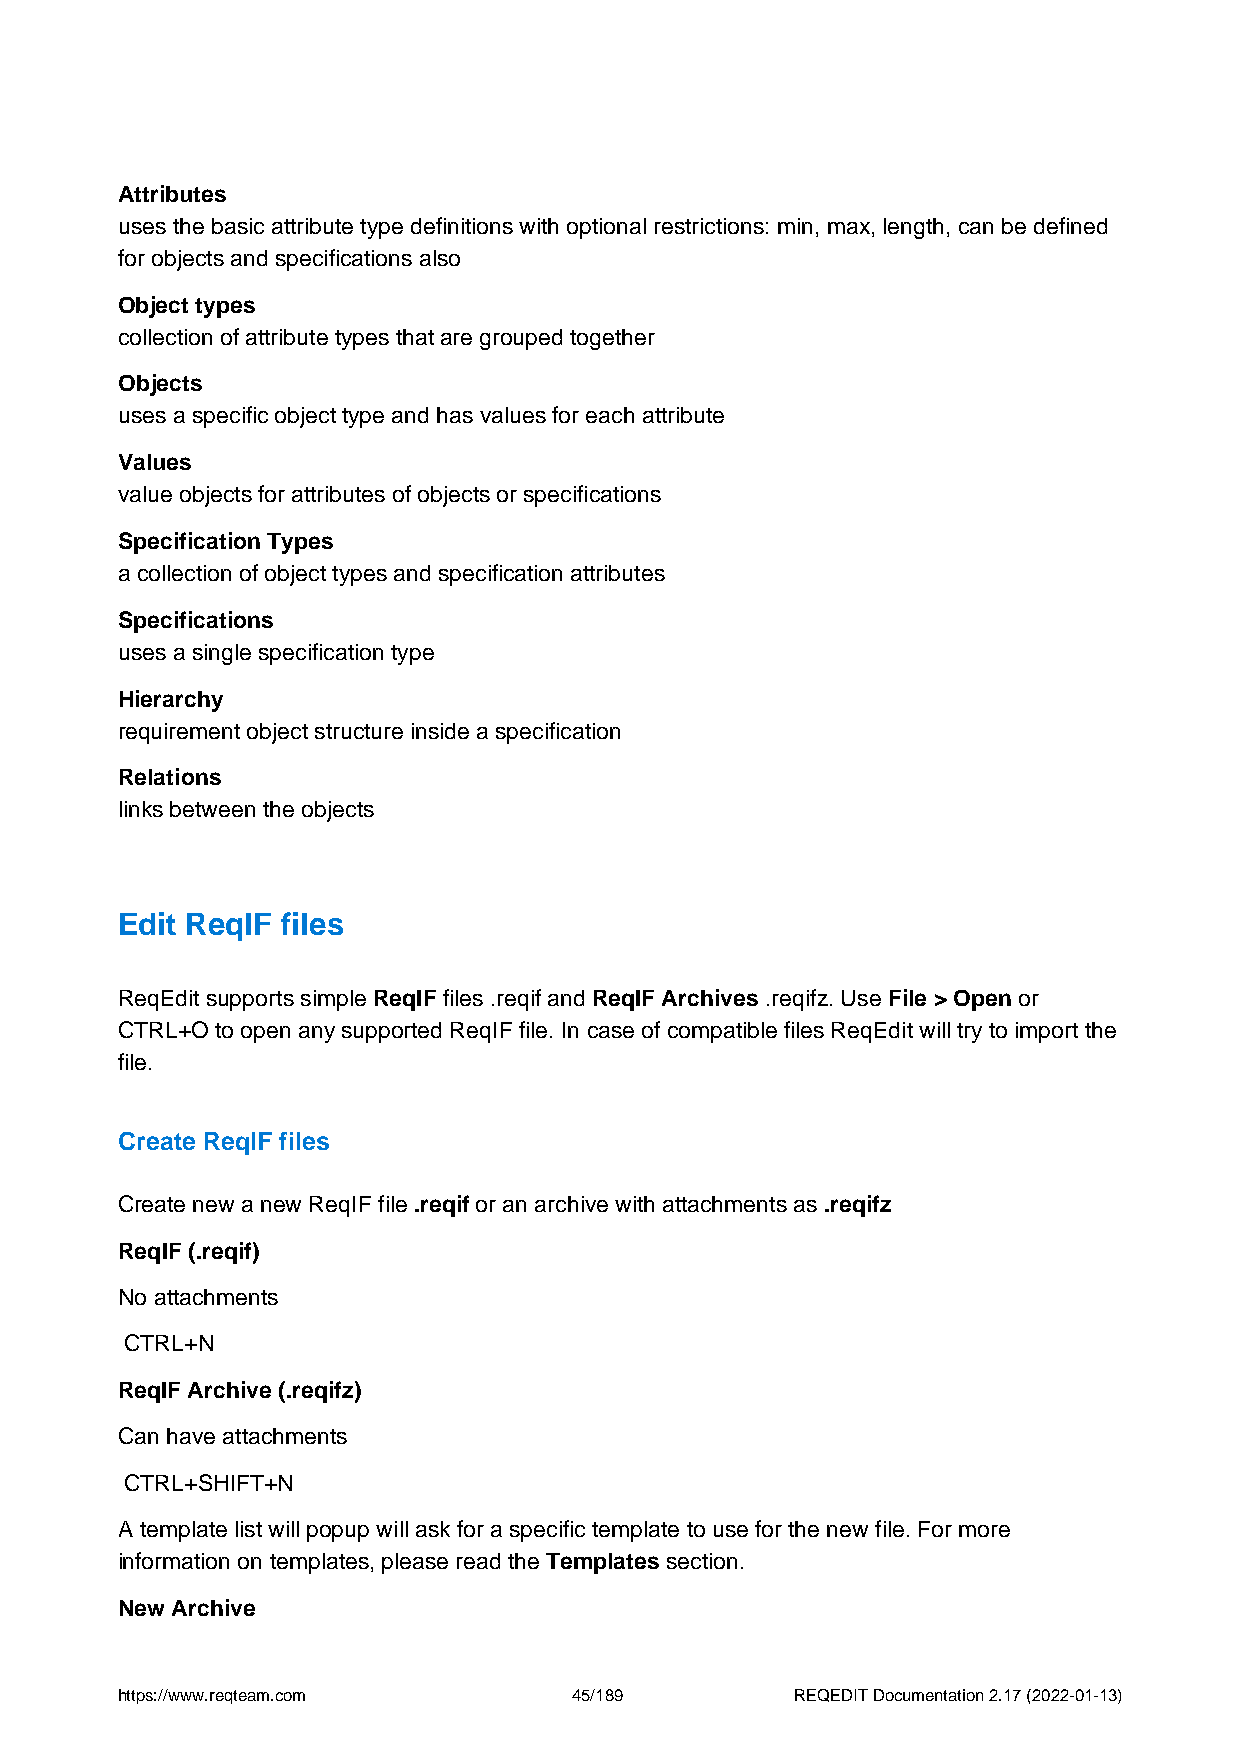
Attributes
 uses the basic attribute type definitions with optional restrictions: min, max, length, can be defined
 for objects and specifications also
 Object types
 collection of attribute types that are grouped together
 Objects
 uses a specific object type and has values for each attribute
 Values
 value objects for attributes of objects or specifications
 Specification Types
 a collection of object types and specification attributes
 Specifications
 uses a single specification type
 Hierarchy
 requirement object structure inside a specification
 Relations
 links between the objects
 Edit ReqIF files
 ReqEdit supports simple ReqIF files .reqif and ReqIF Archives .reqifz. Use File > Open or
 CTRL+O to open any supported ReqIF file. In case of compatible files ReqEdit will try to import the
 file.
 Create ReqIF files
 Create new a new ReqIF file .reqif or an archive with attachments as .reqifz
 ReqIF (.reqif)
 No attachments
 CTRL+N
 ReqIF Archive (.reqifz)
 Can have attachments
 CTRL+SHIFT+N
 A template list will popup will ask for a specific template to use for the new file. For more
 information on templates, please read the Templates section.
 New Archive
 https://www.reqteam.com       45/189         REQEDIT Documentation 2.17 (2022-01-13)